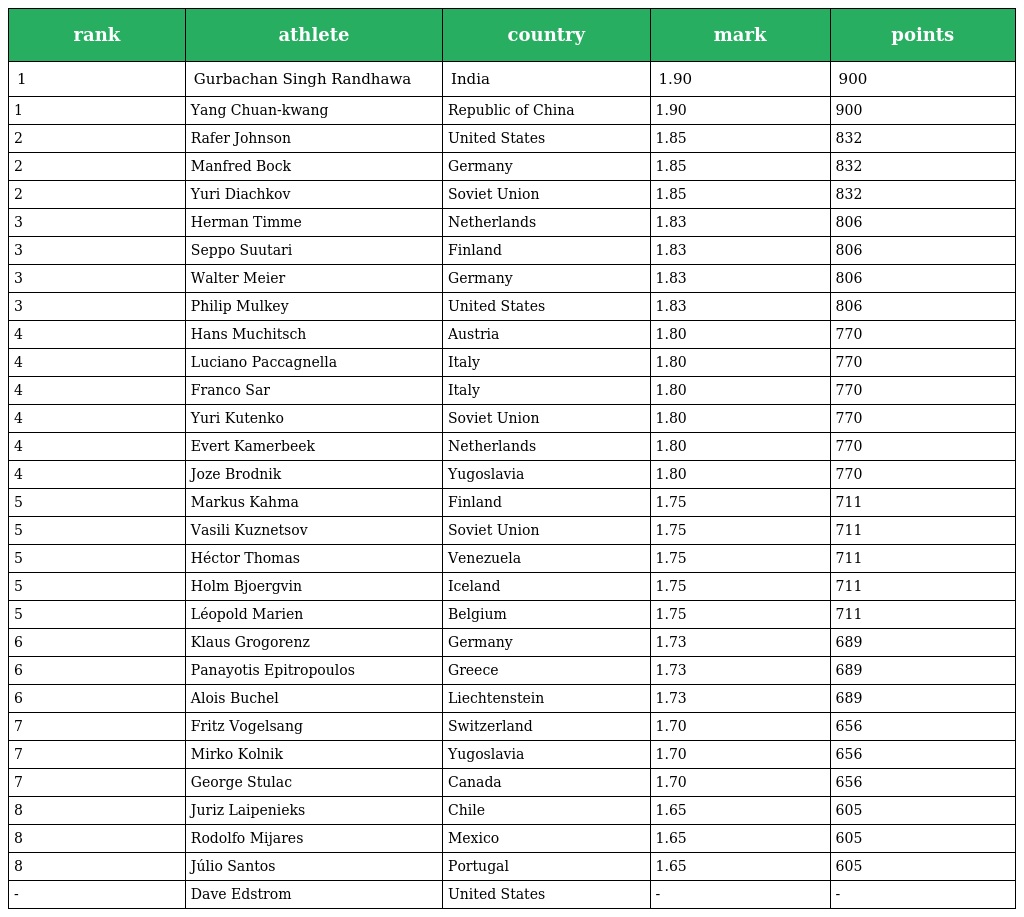
| rank | athlete | country | mark | points |
 | --- | --- | --- | --- | --- |
 | 1 | Gurbachan Singh Randhawa | India | 1.90 | 900 |
 | 1 | Yang Chuan-kwang | Republic of China | 1.90 | 900 |
 | 2 | Rafer Johnson | United States | 1.85 | 832 |
 | 2 | Manfred Bock | Germany | 1.85 | 832 |
 | 2 | Yuri Diachkov | Soviet Union | 1.85 | 832 |
 | 3 | Herman Timme | Netherlands | 1.83 | 806 |
 | 3 | Seppo Suutari | Finland | 1.83 | 806 |
 | 3 | Walter Meier | Germany | 1.83 | 806 |
 | 3 | Philip Mulkey | United States | 1.83 | 806 |
 | 4 | Hans Muchitsch | Austria | 1.80 | 770 |
 | 4 | Luciano Paccagnella | Italy | 1.80 | 770 |
 | 4 | Franco Sar | Italy | 1.80 | 770 |
 | 4 | Yuri Kutenko | Soviet Union | 1.80 | 770 |
 | 4 | Evert Kamerbeek | Netherlands | 1.80 | 770 |
 | 4 | Joze Brodnik | Yugoslavia | 1.80 | 770 |
 | 5 | Markus Kahma | Finland | 1.75 | 711 |
 | 5 | Vasili Kuznetsov | Soviet Union | 1.75 | 711 |
 | 5 | Héctor Thomas | Venezuela | 1.75 | 711 |
 | 5 | Holm Bjoergvin | Iceland | 1.75 | 711 |
 | 5 | Léopold Marien | Belgium | 1.75 | 711 |
 | 6 | Klaus Grogorenz | Germany | 1.73 | 689 |
 | 6 | Panayotis Epitropoulos | Greece | 1.73 | 689 |
 | 6 | Alois Buchel | Liechtenstein | 1.73 | 689 |
 | 7 | Fritz Vogelsang | Switzerland | 1.70 | 656 |
 | 7 | Mirko Kolnik | Yugoslavia | 1.70 | 656 |
 | 7 | George Stulac | Canada | 1.70 | 656 |
 | 8 | Juriz Laipenieks | Chile | 1.65 | 605 |
 | 8 | Rodolfo Mijares | Mexico | 1.65 | 605 |
 | 8 | Júlio Santos | Portugal | 1.65 | 605 |
 | - | Dave Edstrom | United States | - | - |